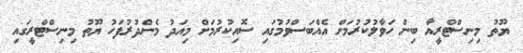
ޔޫތު މިނިސްޓްރީއާ ބިން ހަވާލުކުރުމަށް އެއްބަސްވުމުގައި ސޮއިކުރުމަށް މިއަދު މެންދުރުފަހު ޔޫތު މިނިސްޓްރީގައި